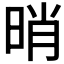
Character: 𣆺